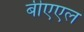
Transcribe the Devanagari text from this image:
बीएएल